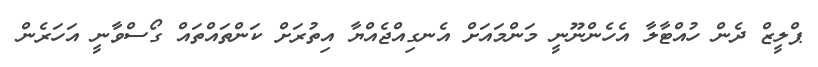
ޕްލީޒް ދެން ހުއްޓާލާ އެހެންނޫނީ މަންމައަށް އެނގިއްޖެއްޔާ އިތުރަށް ކަންތައްތައް ގޯސްވާނީ އަހަރެން